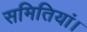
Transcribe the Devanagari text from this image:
समितियां।